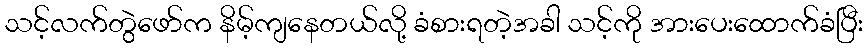
သင့်လက်တွဲဖော်က နိမ့်ကျနေတယ်လို့ ခံစားရတဲ့အခါ သင့်ကို အားပေးထောက်ခံပြီး